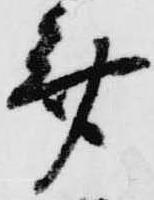
斎